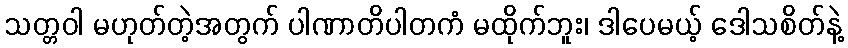
သတ္တဝါ မဟုတ်တဲ့အတွက် ပါဏာတိပါတကံ မထိုက်ဘူး၊ ဒါပေမယ့် ဒေါသစိတ်နဲ့